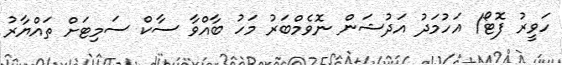
ހަވީރު ފޮޓޯ/ އަހުމަދު އަދުޝަން ނޮވެމްބަރު މަހު ބާއްވާ ސާކް ސަމިޓަށް ތައްޔާރު